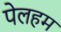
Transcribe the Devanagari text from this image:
पेलहम